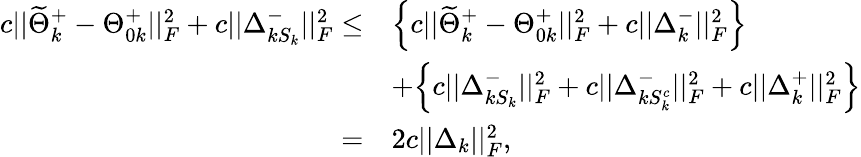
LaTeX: \begin{array}{rl}{c||\widetilde{\Theta}_{k}^{+}-\Theta_{0k}^{+}||_{F}^{2}+c||\Delta_{kS_{k}}^{-}||_{F}^{2}\leq}&{\Big\{ c||\widetilde{\Theta}_{k}^{+}-\Theta_{0k}^{+}||_{F}^{2}+c||\Delta_{k}^{-}||_{F}^{2}\Big\} }\\ &{+\Big\{ c||\Delta_{kS_{k}}^{-}||_{F}^{2}+c||\Delta_{kS_{k}^{c}}^{-}||_{F}^{2}+c||\Delta_{k}^{+}||_{F}^{2}\Big\} }\\ {=}&{2c||\Delta_{k}||_{F}^{2},}\end{array}